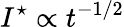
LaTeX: I^{\star}\propto t^{-1/2}